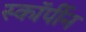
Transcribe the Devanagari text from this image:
स्कॉर्पीन